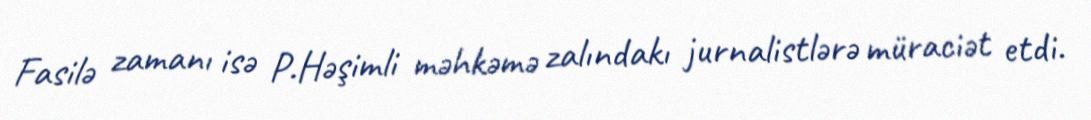
Fasilə zamanı isə P.Həşimli məhkəmə zalındakı jurnalistlərə müraciət etdi.